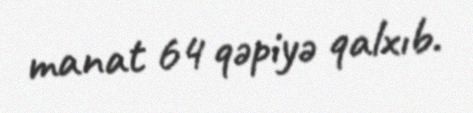
manat 64 qəpiyə qalxıb.